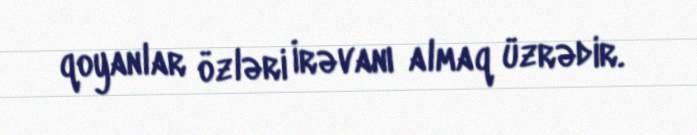
qoyanlar özləri İrəvanı almaq üzrədir.